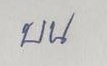
บน